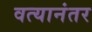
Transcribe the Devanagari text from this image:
वत्यानंतर